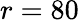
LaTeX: r=80